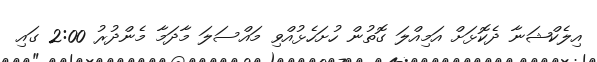
އިލެކްޝަނާ ދެކޮޅަށް އަމިއްލަ ގޮތުން ހުށަހެޅުއްވި މައްސަލަ މާދަމާ މެންދުރު 2:00 ގައި